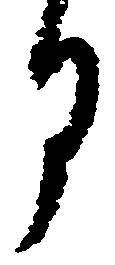
月